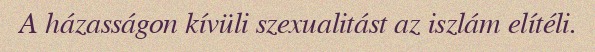
A házasságon kívüli szexualitást az iszlám elítéli.